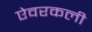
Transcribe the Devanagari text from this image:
ऐवरकली